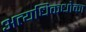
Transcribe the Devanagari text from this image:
अत्यधिकधोका